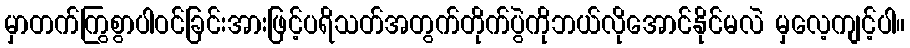
မှာတက်ကြွစွာပါဝင်ခြင်းအားဖြင့်ပရိသတ်အတွက်တိုက်ပွဲကိုဘယ်လိုအောင်နိုင်မလဲ မှလေ့ကျင့်ပါ။